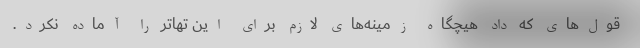
قول‌های که داد هیچگاه زمینه‌های لازم برای این تهاتر را آماده نکرد.